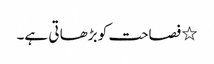
٭ فصاحت کو بڑھا تی ہے۔